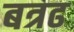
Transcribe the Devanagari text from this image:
बत्रढ